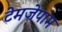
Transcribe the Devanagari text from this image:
टेमजेपाम